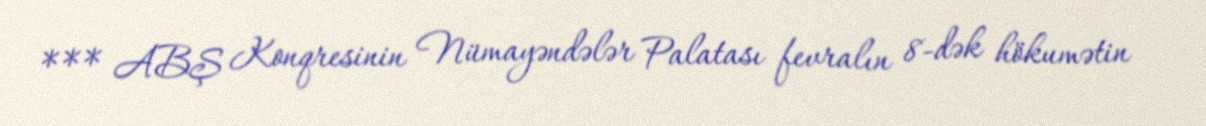
*** ABŞ Konqresinin Nümayəndələr Palatası fevralın 8-dək hökumətin